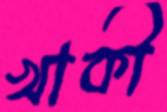
খাকী